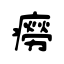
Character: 癆